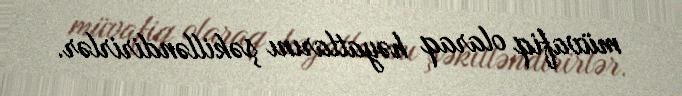
müvafiq olaraq həyatlarını şəkilləndirirlər.